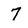
Character: 7